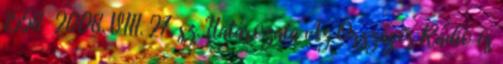
1558 2008. VIII. 27. sz. Határozata Az Országos Rádió és